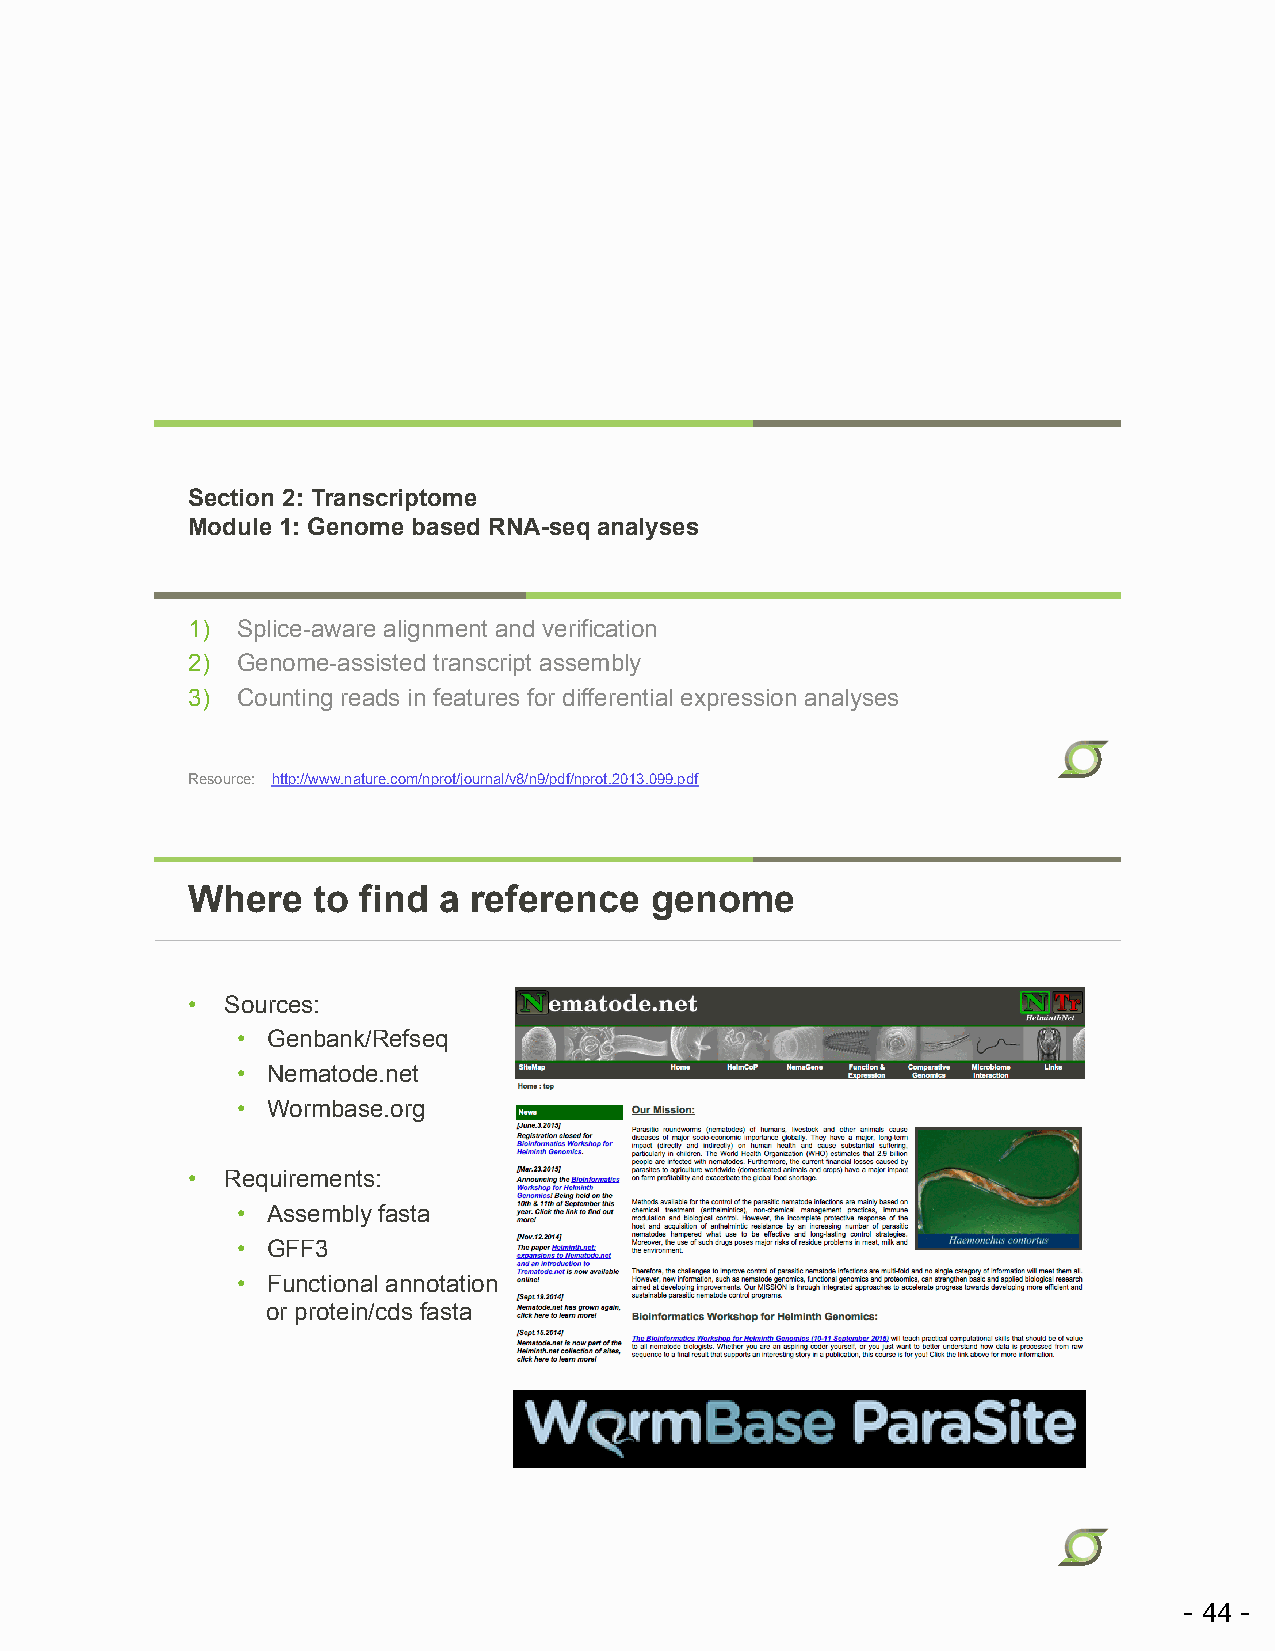
Section 2: Transcriptome
 Module 1: Genome based RNA-seq analyses
 1)  Splice-aware alignment and verification
 2)  Genome-assisted transcript assembly
 3)  Counting reads in features for differential expression analyses
 Resource: http://www.nature.com/nprot/journal/v8/n9/pdf/nprot.2013.099.pdf
 Where    to find a reference   genome
 •  Sources:
 • Genbank/Refseq
 • Nematode.net
 • Wormbase.org
 •  Requirements:
 • Assembly fasta
 • GFF3
 • Functional annotation
 or protein/cds fasta